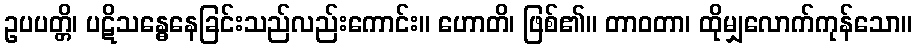
ဥပပတ္တိ၊ ပဋိသန္ဓေနေခြင်းသည်လည်းကောင်း။ ဟောတိ၊ ဖြစ်၏။ တာဝတာ၊ ထိုမျှလောက်ကုန်သော။